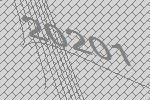
20201